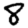
Digit: 8